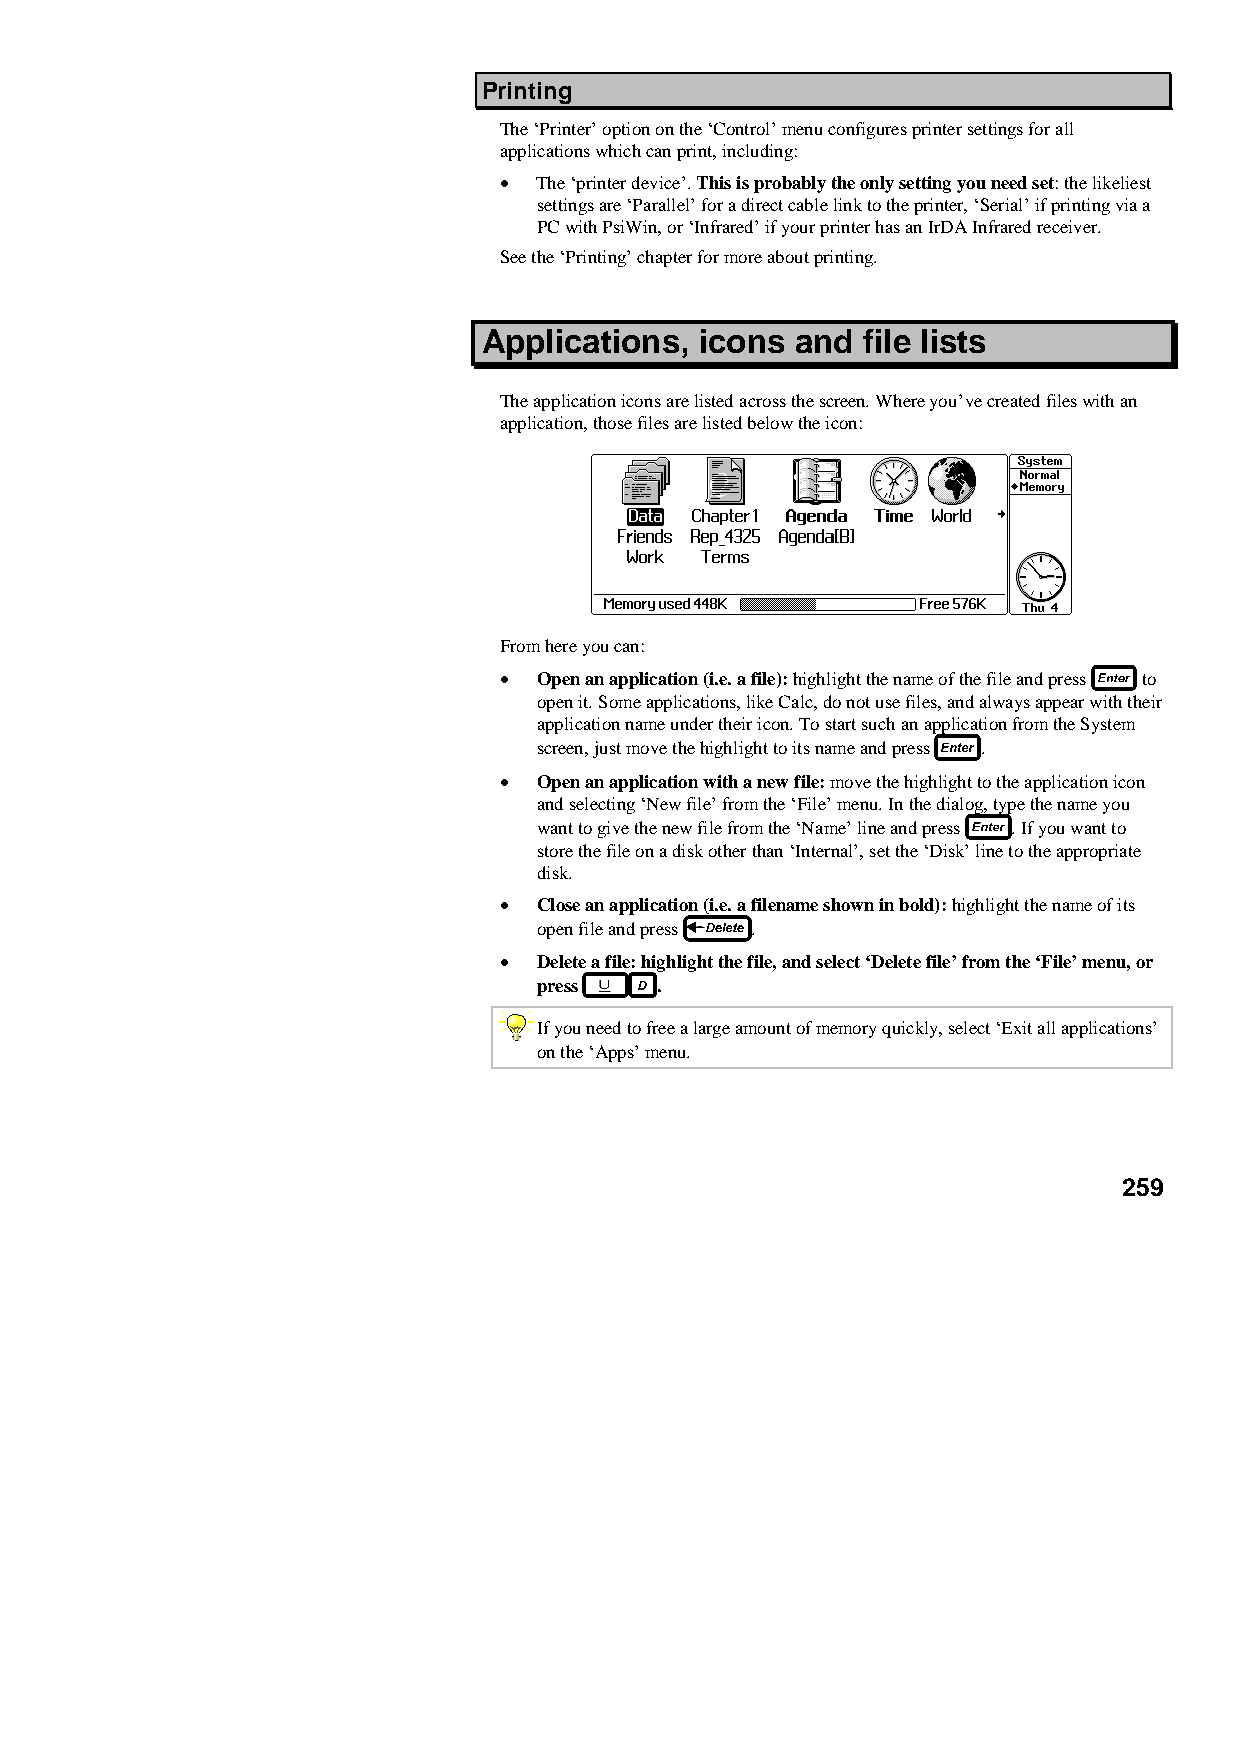
Printing
 The ‘Printer’ option on the ‘Control’ menu configures printer settings for all
 applications which can print, including:
 •  The ‘printer device’. This is probably the only setting you need set: the likeliest
 settings are ‘Parallel’ for a direct cable link to the printer, ‘Serial’ if printing via a
 PC with PsiWin, or ‘Infrared’ if your printer has an IrDA Infrared receiver.
 See the ‘Printing’ chapter for more about printing.
 Applications, icons  and file lists
 The application icons are listed across the screen. Where you’ve created files with an
 application, those files are listed below the icon:
 From here you can:
 •  Open an application (i.e. a file): highlight the name of the file and press to
 open it. Some applications, like Calc, do not use files, and always appear with their
 application name under their icon. To start such an application from the System
 screen, just move the highlight to its name and press .
 •  Open an application with a new file: move the highlight to the application icon
 and selecting ‘New file’ from the ‘File’ menu. In the dialog, type the name you
 want to give the new file from the ‘Name’ line and press . If you want to
 store the file on a disk other than ‘Internal’, set the ‘Disk’ line to the appropriate
 disk.
 •  Close an application (i.e. a filename shown in bold): highlight the name of its
 open file and press .
 •  Delete a file: highlight the file, and select ‘Delete file’ from the ‘File’ menu, or
 press  .
 If you need to free a large amount of memory quickly, select ‘Exit all applications’
 on the ‘Apps’ menu.
 259